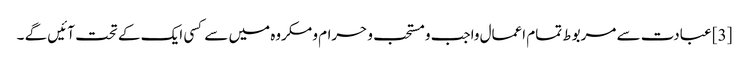
[3] عبادت سے مربوط تمام اعمال واجب و مستحب و حرام و مکروه میں سے کسی ایک کے تحت آئیں گے ۔